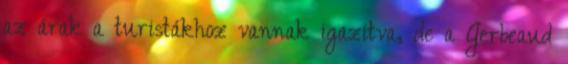
az árak a turistákhoz vannak igazítva, de a Gerbeaud